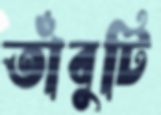
তাঁবুটি